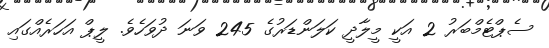
ސެޕްޓެމްބަރު 2 އަކީ މީލާދީ ކަލަންޑަރުގެ 245 ވަނަ ދުވަހެވެ. ލީޕް އަހަރެއްގައި